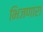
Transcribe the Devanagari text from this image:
भिजणारा